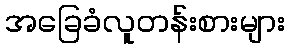
အခြေခံလူတန်းစားများ